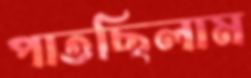
পাতছিলাম